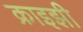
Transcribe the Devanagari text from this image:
क्राइझी